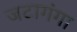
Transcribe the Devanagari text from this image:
जटागंगा